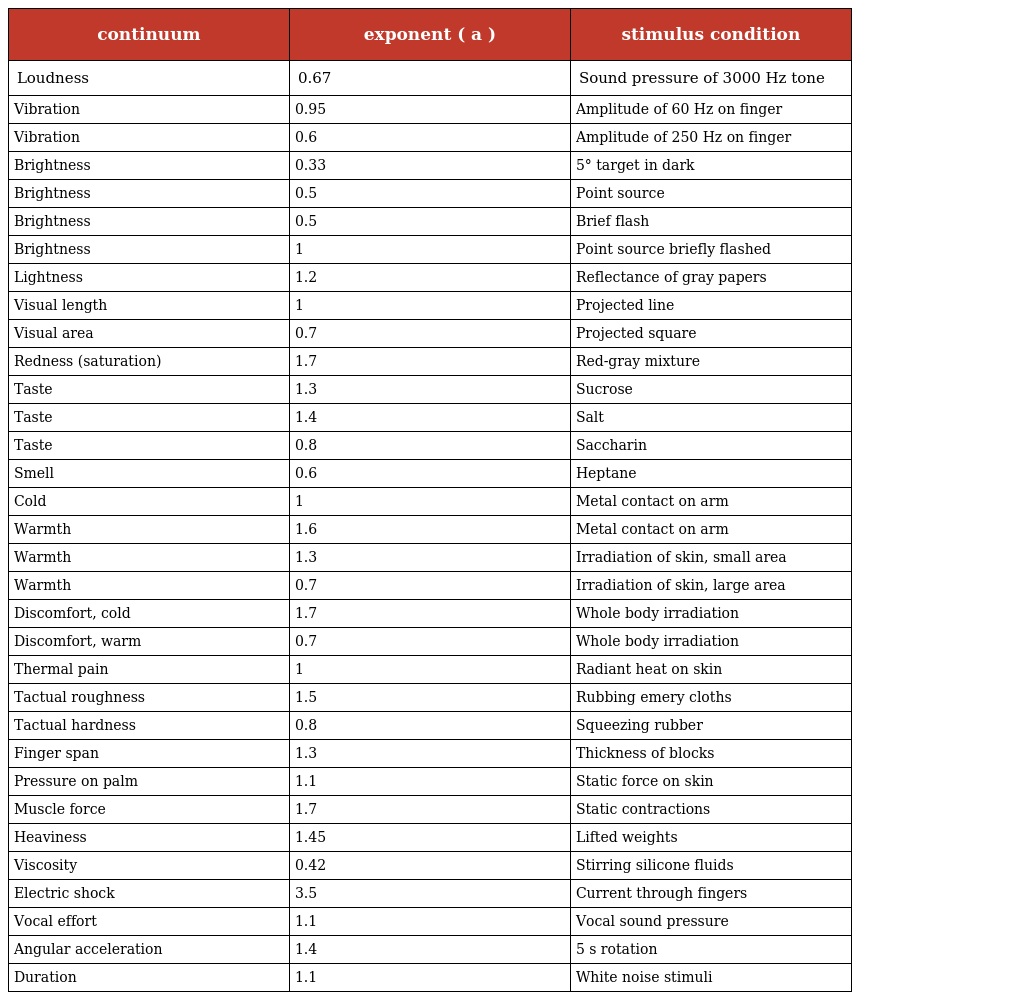
| continuum | exponent ( a ) | stimulus condition |
 | --- | --- | --- |
 | Loudness | 0.67 | Sound pressure of 3000 Hz tone |
 | Vibration | 0.95 | Amplitude of 60 Hz on finger |
 | Vibration | 0.6 | Amplitude of 250 Hz on finger |
 | Brightness | 0.33 | 5° target in dark |
 | Brightness | 0.5 | Point source |
 | Brightness | 0.5 | Brief flash |
 | Brightness | 1 | Point source briefly flashed |
 | Lightness | 1.2 | Reflectance of gray papers |
 | Visual length | 1 | Projected line |
 | Visual area | 0.7 | Projected square |
 | Redness (saturation) | 1.7 | Red-gray mixture |
 | Taste | 1.3 | Sucrose |
 | Taste | 1.4 | Salt |
 | Taste | 0.8 | Saccharin |
 | Smell | 0.6 | Heptane |
 | Cold | 1 | Metal contact on arm |
 | Warmth | 1.6 | Metal contact on arm |
 | Warmth | 1.3 | Irradiation of skin, small area |
 | Warmth | 0.7 | Irradiation of skin, large area |
 | Discomfort, cold | 1.7 | Whole body irradiation |
 | Discomfort, warm | 0.7 | Whole body irradiation |
 | Thermal pain | 1 | Radiant heat on skin |
 | Tactual roughness | 1.5 | Rubbing emery cloths |
 | Tactual hardness | 0.8 | Squeezing rubber |
 | Finger span | 1.3 | Thickness of blocks |
 | Pressure on palm | 1.1 | Static force on skin |
 | Muscle force | 1.7 | Static contractions |
 | Heaviness | 1.45 | Lifted weights |
 | Viscosity | 0.42 | Stirring silicone fluids |
 | Electric shock | 3.5 | Current through fingers |
 | Vocal effort | 1.1 | Vocal sound pressure |
 | Angular acceleration | 1.4 | 5 s rotation |
 | Duration | 1.1 | White noise stimuli |